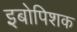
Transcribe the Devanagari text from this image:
इबोपिशक